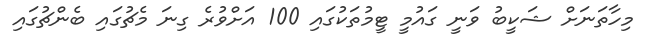
މިހާތަނަށް ޝަކީބު ވަނީ ގައުމީ ޓީމުތަކުގައި 100 އަށްވުރެ ގިނަ މެޗުގައި ބެންޗުގައި